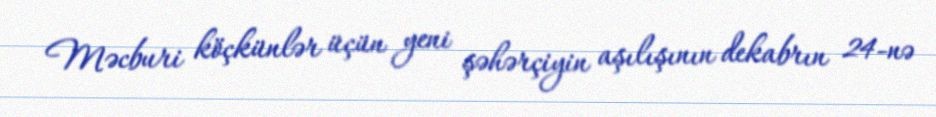
Məcburi köçkünlər üçün yeni şəhərçiyin aşılışının dekabrın 24-nə